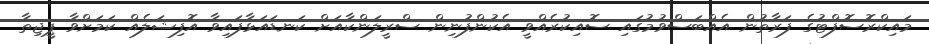
މައިކްރޮސޮފްޓުގެ ފަރާތުން އެއްބަސްވުމުގައި ސޮއިކުރެއްވީ އެކުންފުނިން ސްރީލަންކާއަށް ކަނޑައަޅާފައިވާ އޮފިޝަލެއް ކަމަށްވާ ޕީޖިތާ